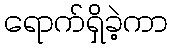
ရောက်ရှိခဲ့ကာ